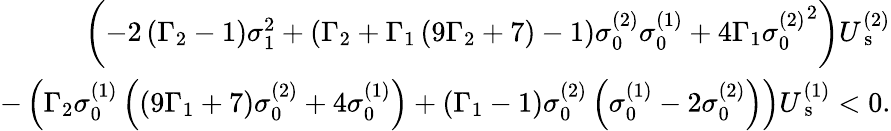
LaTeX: \begin{array}{r}{\left(-2\left(\Gamma_{2}-1\right)\sigma_{1}^{2}+\left(\Gamma_{2}+\Gamma_{1}\left(9\Gamma_{2}+7\right)-1\right)\sigma_{0}^{(2)}\sigma_{0}^{(1)}+4\Gamma_{1}{\sigma_{0}^{(2)}}^{2}\right)U_{\mathrm{~s~}}^{(2)}}\\ {-\left(\Gamma_{2}\sigma_{0}^{(1)}\left(\left(9\Gamma_{1}+7\right)\sigma_{0}^{(2)}+4\sigma_{0}^{(1)}\right)+\left(\Gamma_{1}-1\right)\sigma_{0}^{(2)}\left(\sigma_{0}^{(1)}-2\sigma_{0}^{(2)}\right)\right)U_{\mathrm{~s~}}^{(1)}<0.}\end{array}